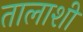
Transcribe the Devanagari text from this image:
तालाशी